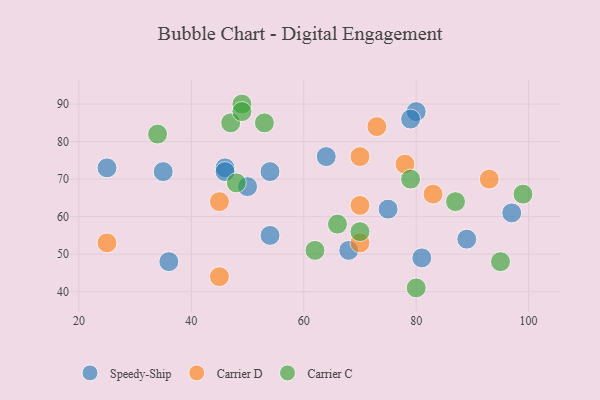
{"axis": {"x": "GDP", "y": "Life Expectancy"}, "legend": ["Carrier C", "Carrier D", "Speedy-Ship"], "data": [{"x": "64", "y": 76, "type": "Speedy-Ship"}, {"x": "50", "y": 68, "type": "Speedy-Ship"}, {"x": "36", "y": 48, "type": "Speedy-Ship"}, {"x": "35", "y": 72, "type": "Speedy-Ship"}, {"x": "81", "y": 49, "type": "Speedy-Ship"}, {"x": "54", "y": 55, "type": "Speedy-Ship"}, {"x": "68", "y": 51, "type": "Speedy-Ship"}, {"x": "46", "y": 73, "type": "Speedy-Ship"}, {"x": "80", "y": 88, "type": "Speedy-Ship"}, {"x": "79", "y": 86, "type": "Speedy-Ship"}, {"x": "89", "y": 54, "type": "Speedy-Ship"}, {"x": "46", "y": 72, "type": "Speedy-Ship"}, {"x": "75", "y": 62, "type": "Speedy-Ship"}, {"x": "97", "y": 61, "type": "Speedy-Ship"}, {"x": "25", "y": 73, "type": "Speedy-Ship"}, {"x": "54", "y": 72, "type": "Speedy-Ship"}, {"x": "70", "y": 63, "type": "Carrier D"}, {"x": "78", "y": 74, "type": "Carrier D"}, {"x": "70", "y": 76, "type": "Carrier D"}, {"x": "93", "y": 70, "type": "Carrier D"}, {"x": "45", "y": 44, "type": "Carrier D"}, {"x": "83", "y": 66, "type": "Carrier D"}, {"x": "25", "y": 53, "type": "Carrier D"}, {"x": "73", "y": 84, "type": "Carrier D"}, {"x": "45", "y": 64, "type": "Carrier D"}, {"x": "70", "y": 53, "type": "Carrier D"}, {"x": "48", "y": 69, "type": "Carrier C"}, {"x": "62", "y": 51, "type": "Carrier C"}, {"x": "87", "y": 64, "type": "Carrier C"}, {"x": "34", "y": 82, "type": "Carrier C"}, {"x": "47", "y": 85, "type": "Carrier C"}, {"x": "53", "y": 85, "type": "Carrier C"}, {"x": "79", "y": 70, "type": "Carrier C"}, {"x": "49", "y": 90, "type": "Carrier C"}, {"x": "99", "y": 66, "type": "Carrier C"}, {"x": "80", "y": 41, "type": "Carrier C"}, {"x": "49", "y": 88, "type": "Carrier C"}, {"x": "66", "y": 58, "type": "Carrier C"}, {"x": "95", "y": 48, "type": "Carrier C"}, {"x": "70", "y": 56, "type": "Carrier C"}]}